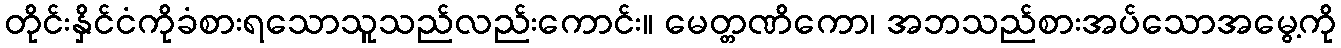
တိုင်းနှိင်ငံကိုခံစားရသောသူသည်လည်းကောင်း။ မေတ္တဏိကော၊ အဘသည်စားအပ်သောအမွေ့ကို